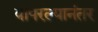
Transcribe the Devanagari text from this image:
वापरल्यानंतर